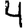
Digit: 4